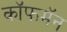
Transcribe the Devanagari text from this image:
कॉफमॅन